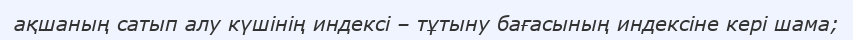
ақшаның сатып алу күшінің индексі – тұтыну бағасының индексіне кері шама;